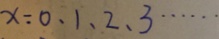
x = 0 、 1 , 、 2 、 3 \cdots